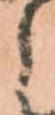
と